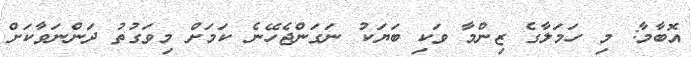
އޮބާމާ: މި ހަމަލާގެ ޒިންމާ ވަކި ބަޔަކު ނަގަންޖެހޭނެ ކަމަށް މިވަގުތު ދަންނަވާކަށް